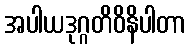
အပါယဒုဂ္ဂတိဝိနိပါတာ